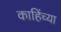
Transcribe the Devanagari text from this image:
काहिंच्या